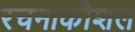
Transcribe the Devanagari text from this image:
रचनाकौशल